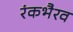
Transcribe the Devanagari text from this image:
रंकभैरव